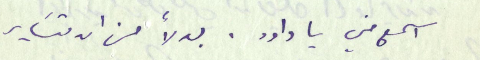
اسمع مني يا داود. بدلا من ان تسَاير